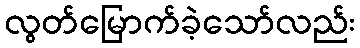
လွတ်မြောက်ခဲ့သော်လည်း